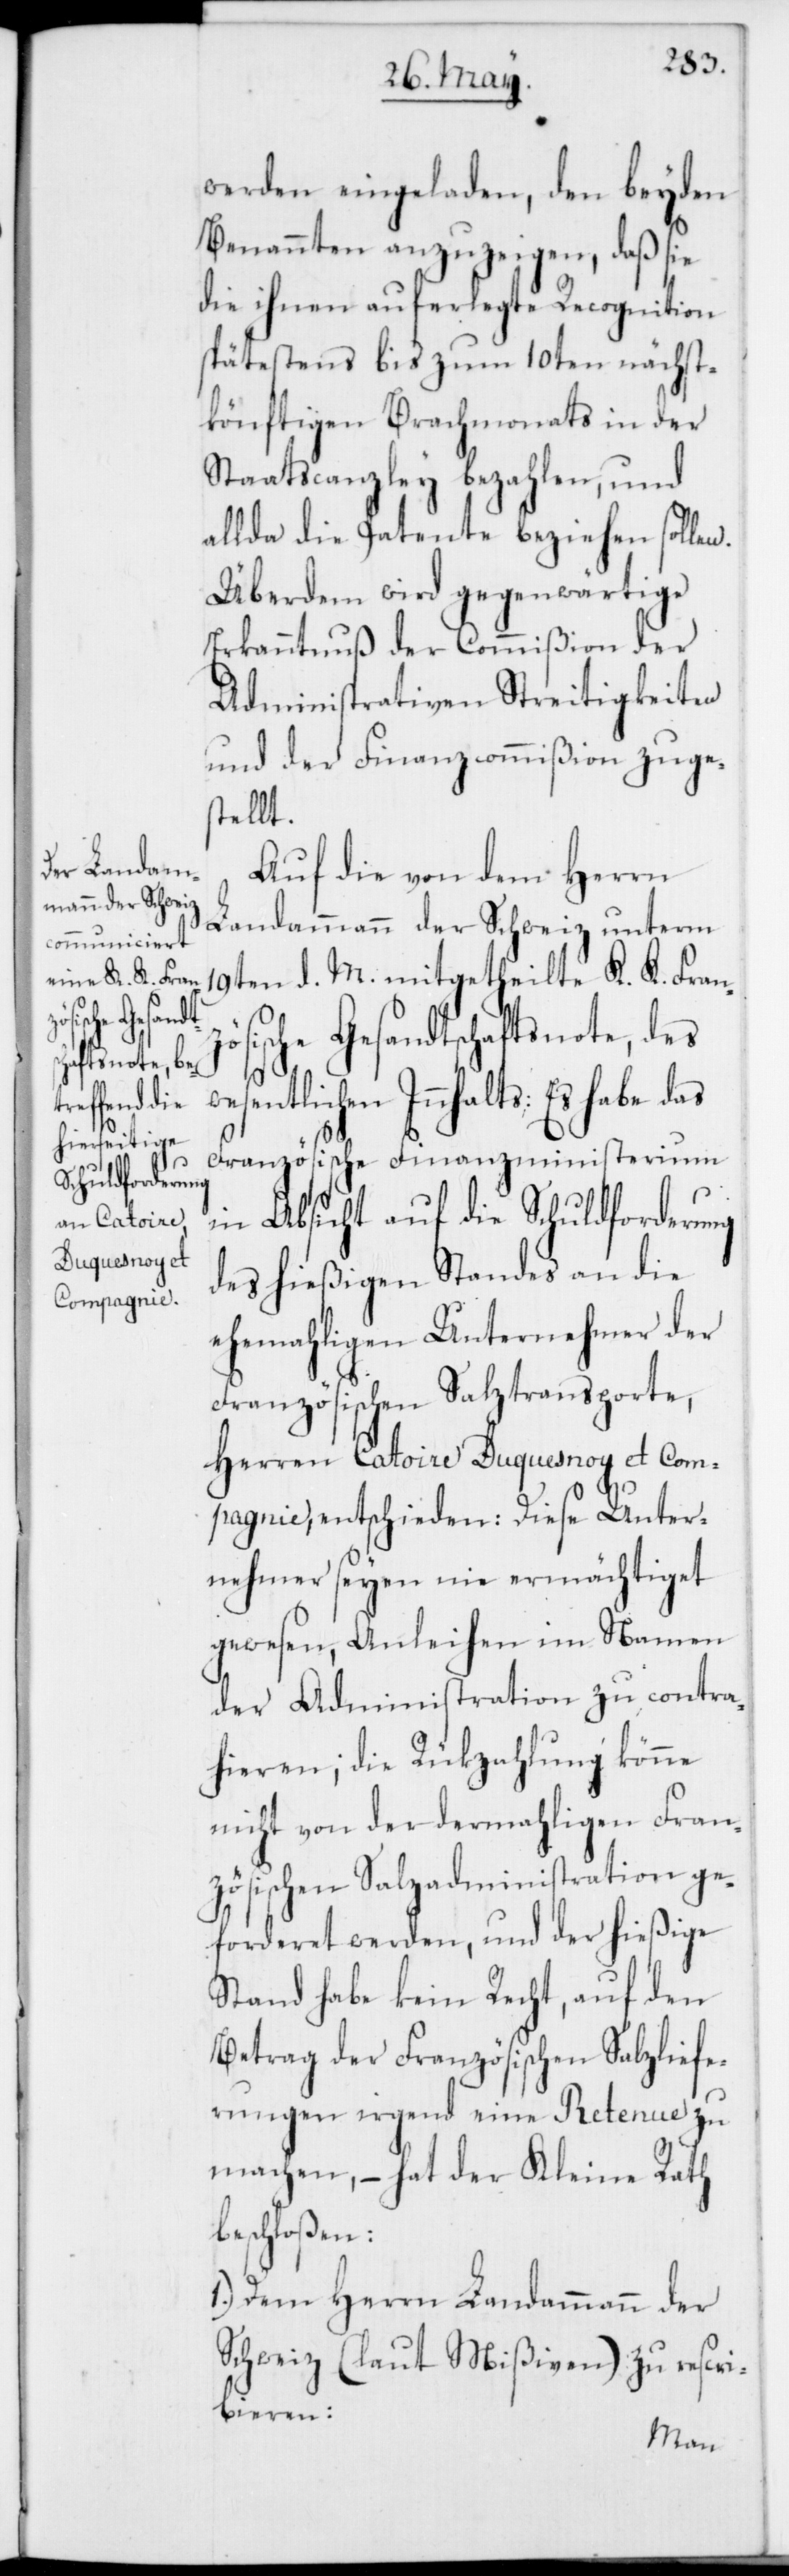
wese¬

werden eingeladen, den beyden
Benannten anzuzeigen, daß sie
die ihnen auferlegte Recognition
spätestens bis zum 10ten nächst¬
könftigen Brachmonats in der
Staatscanzley bezahlen, und
allda die Patente beziehen sollen.
Überdem wird gegenwärtige
Erkanntnuß der Commißion der
Administrativen Streitigkeiten
und der Finanzcommißion zuge¬
stellt.
Auf die von dem Herrn
Landammann der Schweiz unterm
19ten d. M. mitgetheilte K. K. Franz¬
ösische Gesandtschaftsnote, des
ntlichen Innhalts: Es habe das
Französische Finanzministerium
in Absicht auf die Schuldforderung
des hießigen Standes an die
ehemahligen Unternehmer der
Französischen Salztransporte,
Herren Catoire Duquesnoy et Com¬
pagnie, entschieden: Diese Unter¬
nehmer seyen nie ermächtiget
gewesen, Anleihen im Namen
der Administration zu contra¬
hieren; die Rückzahlung könne
nicht von der dermahligen Fran¬
zösischen Salzadministration ge¬
forderet werden, und der hießige
Stand habe kein Recht, auf den
Betrag der Französischen Salzliefe¬
rungen irgend eine Retenue zu
machen, – hat der Kleine Rath
beschloßen:
1.) Dem Herrn Landammann der
Schweiz (laut Mißiven) zu rescri¬
bieren: